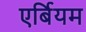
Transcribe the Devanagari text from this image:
एर्बियम